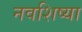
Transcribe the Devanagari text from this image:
नवशिष्या